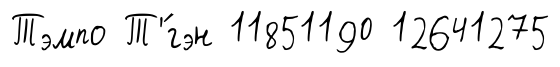
Тэмпо Т'́гэн 11851190 12641275